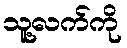
သူ့လက်ကို